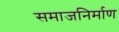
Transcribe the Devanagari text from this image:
समाजनिर्माण